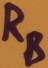
Text: RB